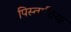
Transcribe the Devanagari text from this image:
पिस्ताशिया